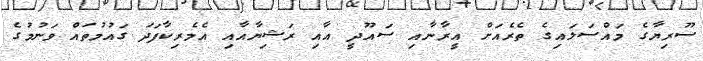
ސޫރިޔާގެ މައްސަލައިގެ ތެރެއަށް އީރާނާއި ސައޫދީ އާއި ރަޝިޔާއާއި އެމެރިކާފަދަ ގައުމުތައް ވަނުމުގެ